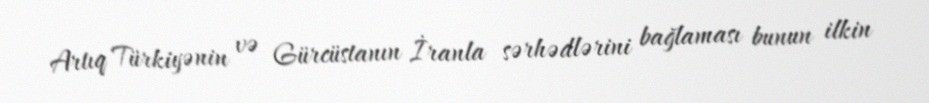
Artıq Türkiyənin və Gürcüstanın İranla sərhədlərini bağlaması bunun ilkin